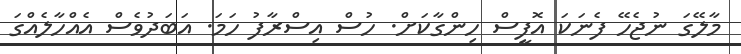
މާލޭގަ ނުޖެހޭ ފެނަކަ އޮފީސް ހިންގާކަށް. ހުސް އިސްރާފު ހަމަ. އަބަދުވެސް އެއްހާލެއްގަ